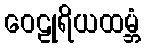
ဝေဠုရိယထမ္ဘံ